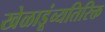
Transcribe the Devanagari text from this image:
खेळाडूंव्यतिरिक्त